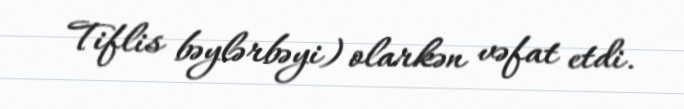
Tiflis bəylərbəyi) olarkən vəfat etdi.